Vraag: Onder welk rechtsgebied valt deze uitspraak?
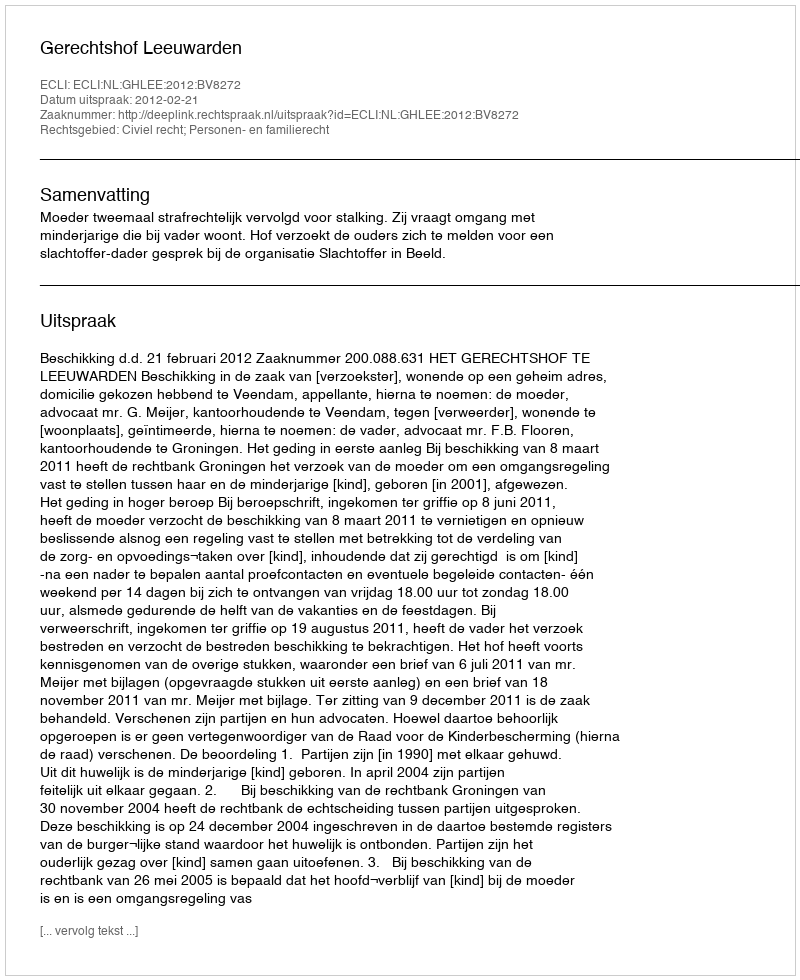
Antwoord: Civiel recht; Personen- en familierecht